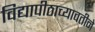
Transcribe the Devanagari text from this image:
विद्यापीठाच्यावतीने